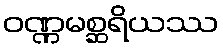
ဝဏ္ဏမစ္ဆရိယဿ